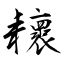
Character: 耲